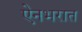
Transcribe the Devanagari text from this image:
ऐनभरात